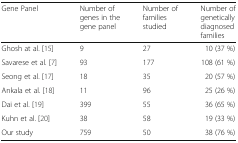
<table><thead><tr><td><b>Gene Panel</b></td><td><b>Number of genes in the gene panel</b></td><td><b>Number of families studied</b></td><td><b>Number of genetically diagnosed families</b></td></tr></thead><tbody><tr><td>Ghosh at al. [15]</td><td>9</td><td>27</td><td>10 (37 %)</td></tr><tr><td>Savarese et al. [7]</td><td>93</td><td>177</td><td>108 (61 %)</td></tr><tr><td>Seong et al. [17]</td><td>18</td><td>35</td><td>20 (57 %)</td></tr><tr><td>Ankala et al. [18]</td><td>11</td><td>96</td><td>25 (26 %)</td></tr><tr><td>Dai et al. [19]</td><td>399</td><td>55</td><td>36 (65 %)</td></tr><tr><td>Kuhn et al. [20]</td><td>38</td><td>58</td><td>19 (33 %)</td></tr><tr><td>Our study</td><td>759</td><td>50</td><td>38 (76 %)</td></tr></tbody></table>